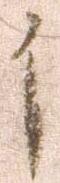
イ